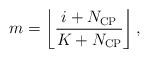
LaTeX: \begin{align*} m = \left\lfloor {\frac{{i + {N_{{\rm{CP}}}}}}{{K + {N_{{\rm{CP}}}}}}} \right\rfloor, \end{align*}